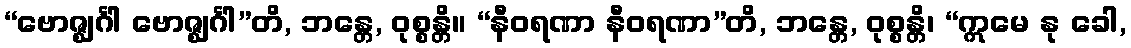
“ဗောဇ္ဈင်္ဂါ ဗောဇ္ဈင်္ဂါ”တိ, ဘန္တေ, ဝုစ္စန္တိ။ “နီဝရဏာ နီဝရဏာ”တိ, ဘန္တေ, ဝုစ္စန္တိ၊ “ဣမေ နု ခေါ,